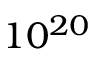
1 0 ^ { 2 0 }